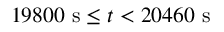
1 9 8 0 0 \ \mathrm { s } \leq t < 2 0 4 6 0 \ \mathrm { s }